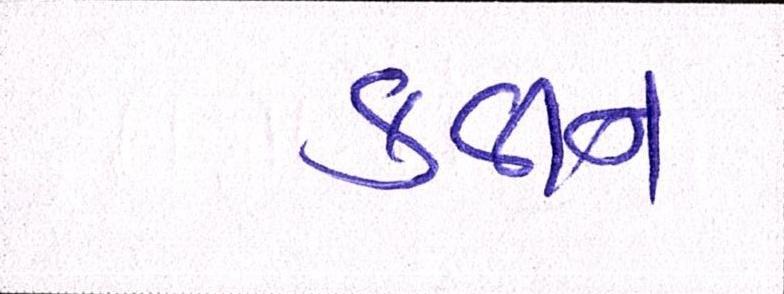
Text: ક્વીન